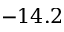
- 1 4 . 2